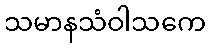
သမာနသံဝါသကေ